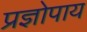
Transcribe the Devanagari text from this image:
प्रज्ञोपाय